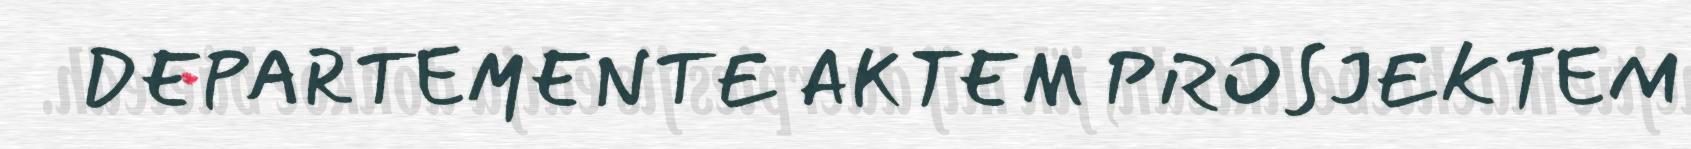
DEPARTEMENTE AKTEM PROSJEKTEM